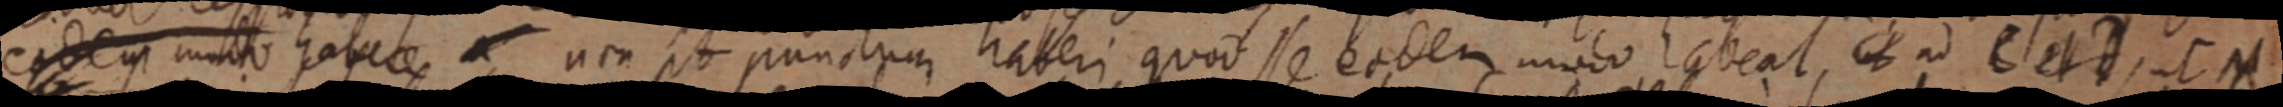
eodem modo habece _ non pt punctum haberi, quod se eodem modo habeat, ut ad C et D, C